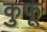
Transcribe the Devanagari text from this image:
कुफू